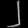
Digit: ၂